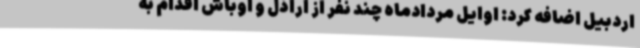
اردبیل اضافه کرد: اوایل مردادماه چند نفر از اراذل و اوباش اقدام به